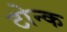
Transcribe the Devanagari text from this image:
टोन्क